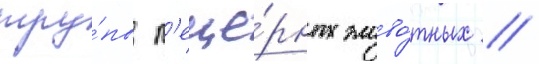
тру́пы п'еще́рных живо́тных //